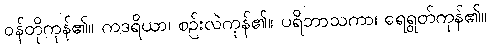
ဝန်တိုကုန်၏။ ကဒရိယာ၊ စဉ်းလဲကုန်၏။ ပရိဘာသကာ၊ ရေရွတ်ကုန်၏။